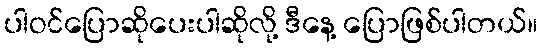
ပါဝင်ပြောဆိုပေးပါဆိုလို့ ဒီနေ့ ပြောဖြစ်ပါတယ်။